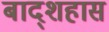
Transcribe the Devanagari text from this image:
बाद्शहास